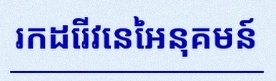
រកដេរីវេនៃអនុគមន៍